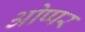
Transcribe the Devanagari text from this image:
ओप्पर